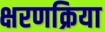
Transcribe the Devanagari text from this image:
क्षरणक्रिया